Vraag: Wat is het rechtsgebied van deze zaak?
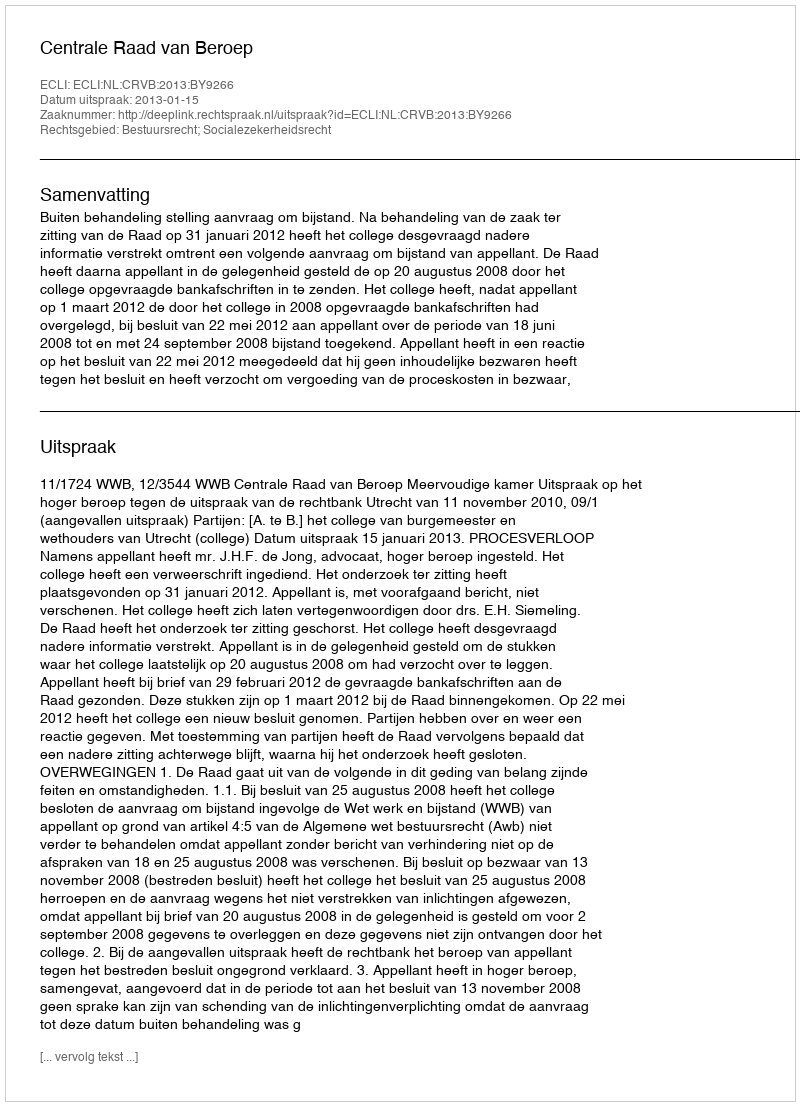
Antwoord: Bestuursrecht; Socialezekerheidsrecht